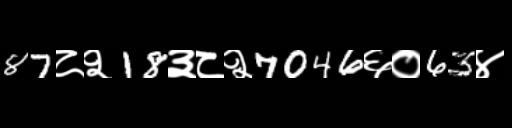
Text: 87८२18३८२7046६०63४